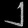
Digit: ၂